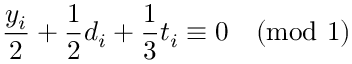
\frac { y _ { i } } { 2 } + \frac { 1 } { 2 } d _ { i } + \frac { 1 } { 3 } t _ { i } \equiv 0 \pmod 1